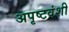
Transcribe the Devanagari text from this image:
अपृष्टवंशी